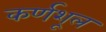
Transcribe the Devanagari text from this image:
कर्णशूल